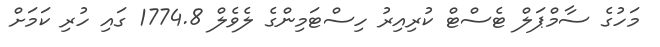
މަހުގެ ސާމްޕަލް ޓެސްޓް ކުރިއިރު ހިސްޓަމިންގެ ލެވެލް 1774.8 ގައި ހުރި ކަމަށް